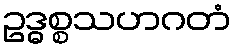
ဥဒ္ဓစ္စသဟဂတံ